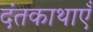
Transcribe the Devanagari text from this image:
दंतकाथाएँ